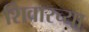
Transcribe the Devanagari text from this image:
शिवारच्या